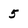
Character: 5